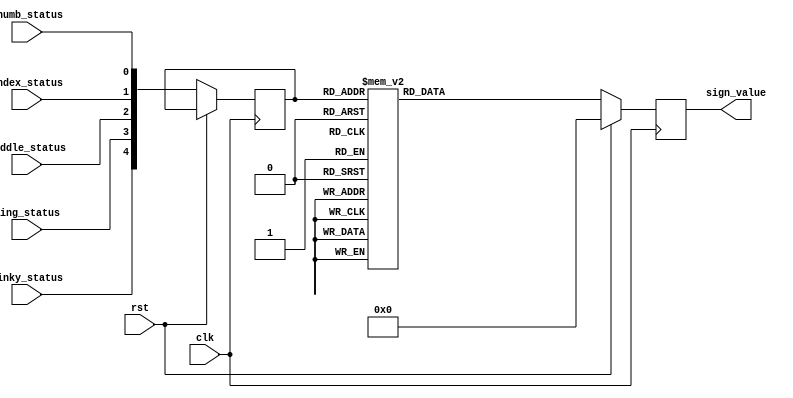
module SignIdentification(thumb_status,
			  index_status,
			  middle_status,
			  ring_status,
			  pinky_status,
			  sign_value,
			  rst,clk);
   
   input      thumb_status;
   input      index_status;
   input      middle_status;
   input      ring_status;
   input      pinky_status;

   output [3:0] sign_value;

   input 	rst, clk;

   reg 		sign_value;
   reg [4:0] 	finger_db;


   always @(posedge clk) begin
      if(rst) begin
	 sign_value <= 4'b0000;
      end

      else begin
	 finger_db <= {pinky_status, ring_status, middle_status, index_status, thumb_status};
	 case(finger_db)
	   5'b00010 : sign_value <= 1;
	   5'b00110 : sign_value <= 2;
  	   5'b00111 : sign_value <= 3;
	   5'b01111 : sign_value <= 4;
	   5'b11111 : sign_value <= 5;
	   5'b01110 : sign_value <= 6;
	   5'b10110 : sign_value <= 7;
	   5'b11010 : sign_value <= 8;
	   5'b11100 : sign_value <= 9;
	   default : sign_value <= 0;
	 endcase // case (finger_db)
      end // else: !if(rst)
   end // always @ posedge(clk)
endmodule